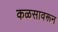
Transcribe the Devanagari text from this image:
कळसावरून